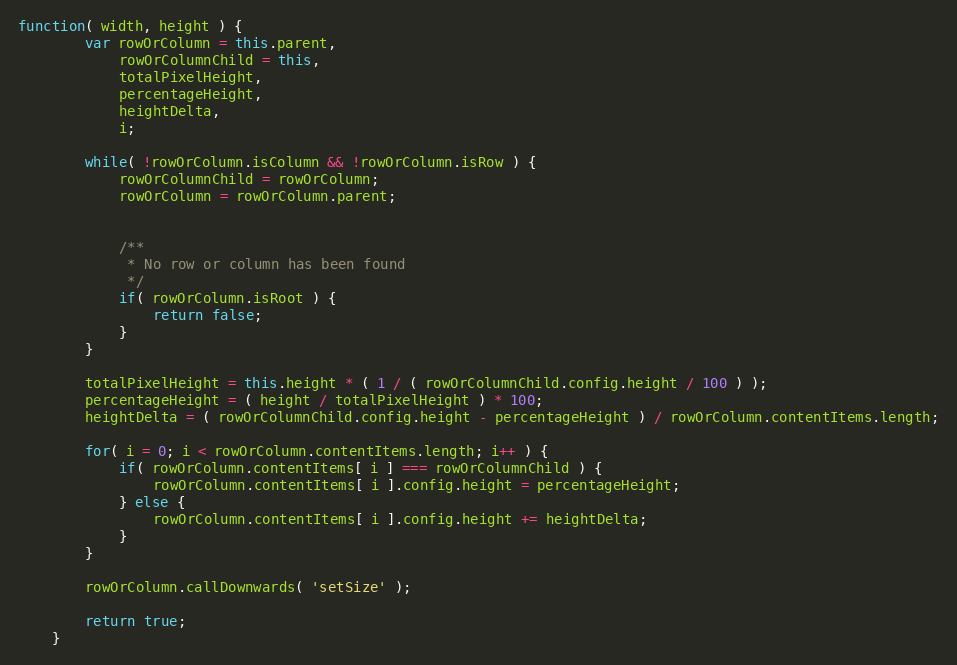
Language: JavaScript
function( width, height ) {
		var rowOrColumn = this.parent,
			rowOrColumnChild = this,
			totalPixelHeight,
			percentageHeight,
			heightDelta,
			i;

		while( !rowOrColumn.isColumn && !rowOrColumn.isRow ) {
			rowOrColumnChild = rowOrColumn;
			rowOrColumn = rowOrColumn.parent;

			/**
			 * No row or column has been found
			 */
			if( rowOrColumn.isRoot ) {
				return false;
			}
		}

		totalPixelHeight = this.height * ( 1 / ( rowOrColumnChild.config.height / 100 ) );
		percentageHeight = ( height / totalPixelHeight ) * 100;
		heightDelta = ( rowOrColumnChild.config.height - percentageHeight ) / rowOrColumn.contentItems.length;

		for( i = 0; i < rowOrColumn.contentItems.length; i++ ) {
			if( rowOrColumn.contentItems[ i ] === rowOrColumnChild ) {
				rowOrColumn.contentItems[ i ].config.height = percentageHeight;
			} else {
				rowOrColumn.contentItems[ i ].config.height += heightDelta;
			}
		}

		rowOrColumn.callDownwards( 'setSize' );

		return true;
	}